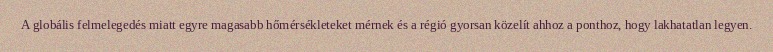
A globális felmelegedés miatt egyre magasabb hőmérsékleteket mérnek és a régió gyorsan közelít ahhoz a ponthoz, hogy lakhatatlan legyen.